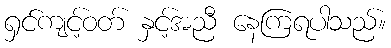
ရှင်ကျင့်ဝတ် နှင့်အညီ နေကြရပါသည်။